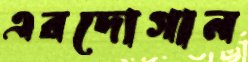
এরদোগান